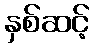
နှစ်ဆင့်